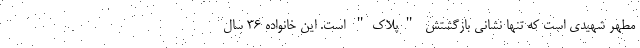
مطهر شهیدی است که تنها نشانی بازگشتش "پلاک" است. این خانواده ۳۶ سال